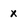
Character: x